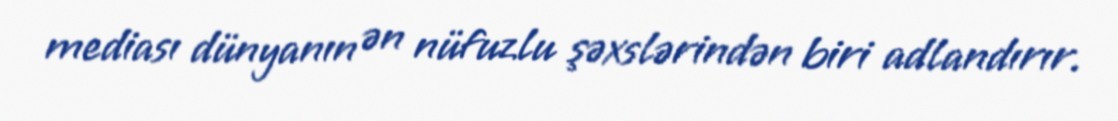
mediası dünyanın ən nüfuzlu şəxslərindən biri adlandırır.